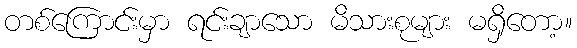
တစ်ကြောင်းမှာ ရင်းချာသော မိသားစုများ မရှိတော့။